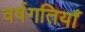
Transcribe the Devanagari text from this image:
वर्षगतियाँ